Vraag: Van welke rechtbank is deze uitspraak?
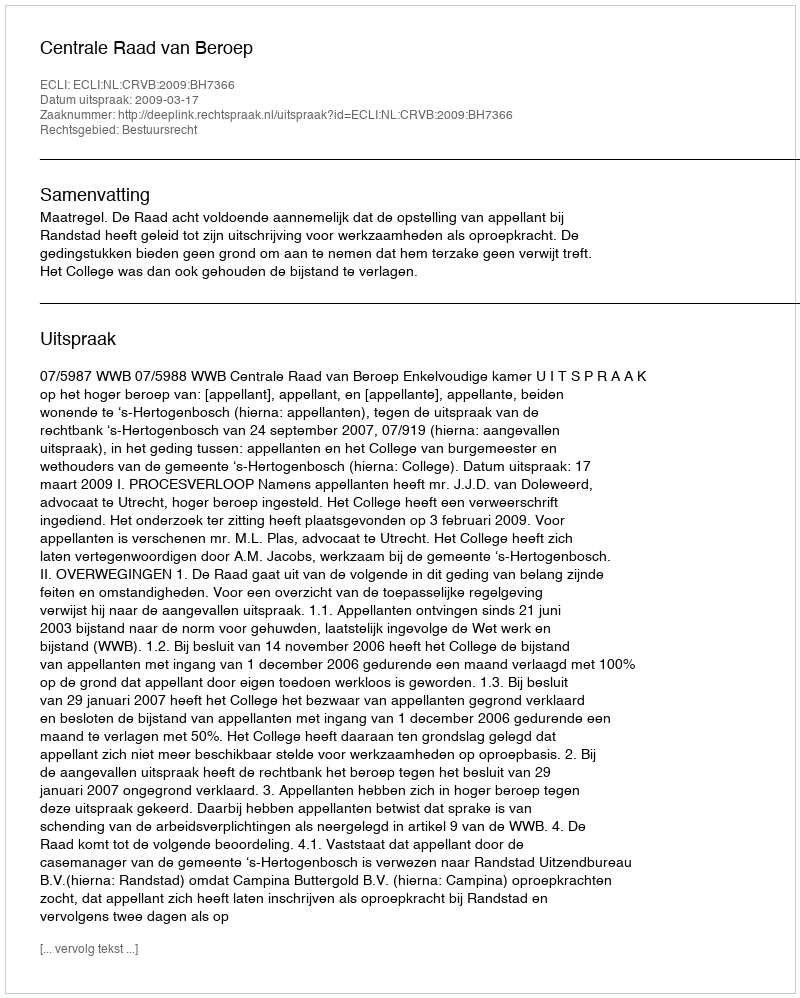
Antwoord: Centrale Raad van Beroep